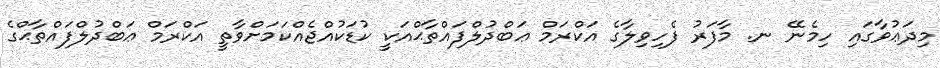
މިދަޢުވާގައި ހިމެނޭ ނ. މާފަރު ފެހިވިލާގެ އަކްރަމް ޢަބްދުލްފައްތާޙްއަކީ ކުޑަކުއްޖެއްކަމަށްވާތީ އަކްރަމް ޢަބްދުލްފައްތާޙްގެ